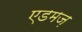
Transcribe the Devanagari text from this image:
एडमज़